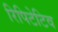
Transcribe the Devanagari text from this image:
रिपिटेटिव